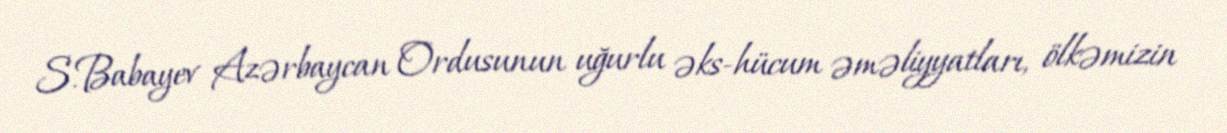
S.Babayev Azərbaycan Ordusunun uğurlu əks-hücum əməliyyatları, ölkəmizin